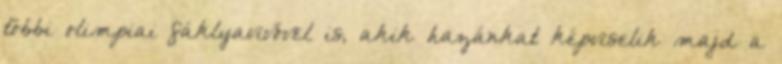
többi olimpiai fáklyavivővel is, akik hazánkat képviselik majd a